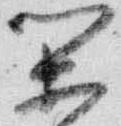
閑